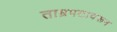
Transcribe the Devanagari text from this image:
ताम्रपटावरून